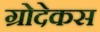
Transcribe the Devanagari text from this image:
ग्रोदेकस